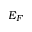
E _ { F }